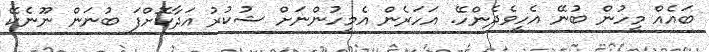
ބައެއް މީހުން ބުނޭ އެހީވެދެންހޭ. އަހަރެން އެމީހުންނަށް ޝުކުރު އަދާކޮށްފަ ބުނަން ނޫނެކޭ